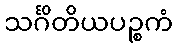
သင်္ဂိတိယပဉ္စကံ